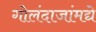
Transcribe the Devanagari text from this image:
गोलंदाजांमद्ये